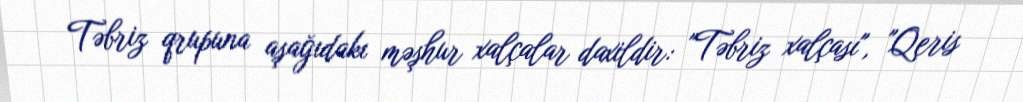
Təbriz qrupuna aşağıdakı məşhur xalçalar daxildir: "Təbriz xalçası", "Qeris